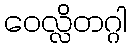
ဝေလ္လိတဂ္ဂါ